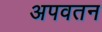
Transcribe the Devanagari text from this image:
अपवतन